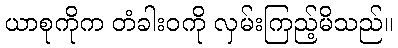
ယာစုကိုက တံခါးဝကို လှမ်းကြည့်မိသည်။